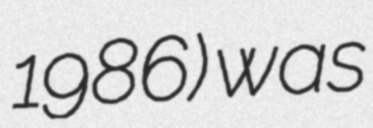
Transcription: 1986) was